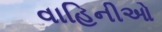
વાહિનીઓ